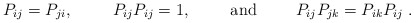
\begin{align*}P_{ij}=P_{ji},\hspace{1cm}P_{ij}P_{ij}=1,\hspace{1cm}{\rm and}\hspace{1cm}P_{ij}P_{jk}=P_{ik}P_{ij}\;.\end{align*}